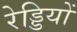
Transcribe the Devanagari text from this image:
रेड्डियों